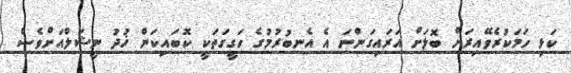
ކަޅި ހަމަކުރެވޭއިރަށް ބޮލަށް އަރައިގަންނަ އެ އެނބުރުމުގެ ހަގީގަތަކީ ކޮބައިކަން ޚުދު ނީޝަލްއަށްވެސް